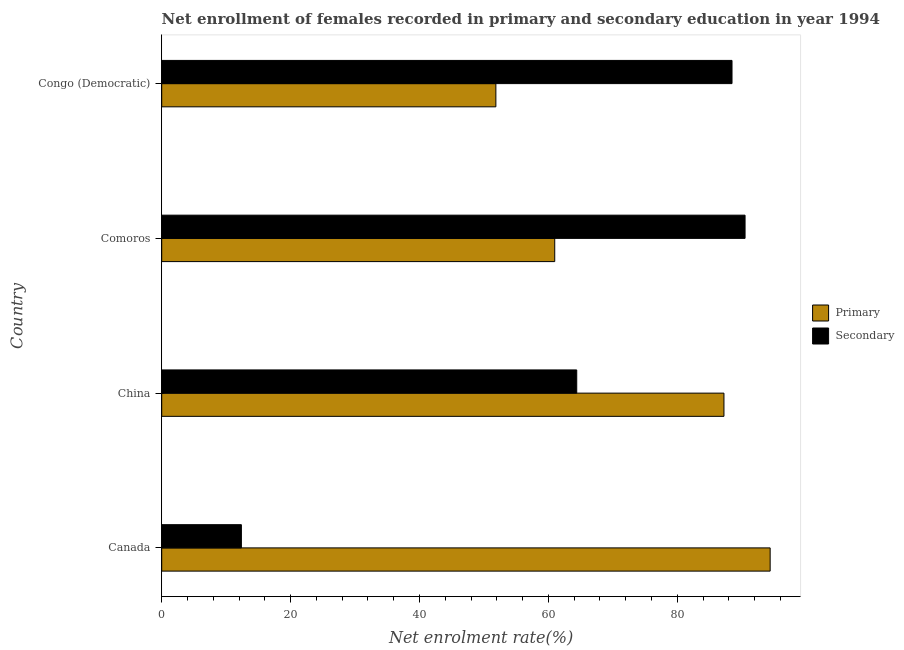
| Country | Primary | Secondary |
 | --- | --- | --- |
 | Canada | 94.4 | 12.4 |
 | China | 87.2 | 64.4 |
 | Comoros | 61 | 90.5 |
 | Congo (Democratic) | 51.9 | 88.5 |